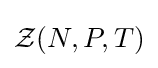
{\mathcal {Z}}(N,P,T)